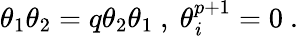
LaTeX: \theta_{1}\theta_{2}=q\theta_{2}\theta_{1}\ ,\ \theta_{\mathit{i}}^{p+1}=0\ .